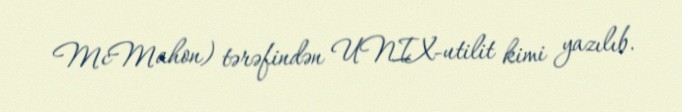
McMahon) tərəfindən UNIX-utilit kimi yazılıb.